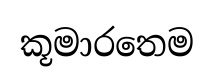
කූමාරතෙම